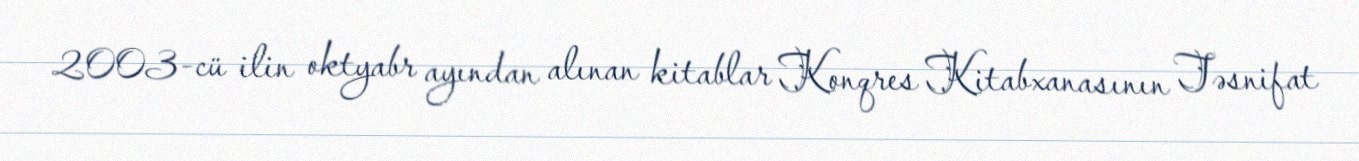
2003-cü ilin oktyabr ayından alınan kitablar Konqres Kitabxanasının Təsnifat